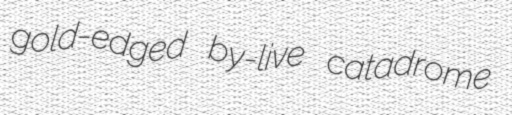
gold-edged by-live catadrome